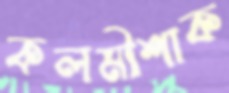
কলমীশাক